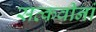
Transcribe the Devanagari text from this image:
सत्कवीनां